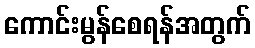
ကောင်းမွန်စေရန်အတွက်